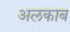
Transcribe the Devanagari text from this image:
अलकाब